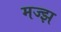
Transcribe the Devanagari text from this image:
मज्झ